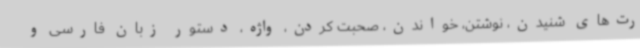
رت‌های شنیدن، نوشتن، خواندن، صحبت کردن، واژه، دستور زبان فارسی و